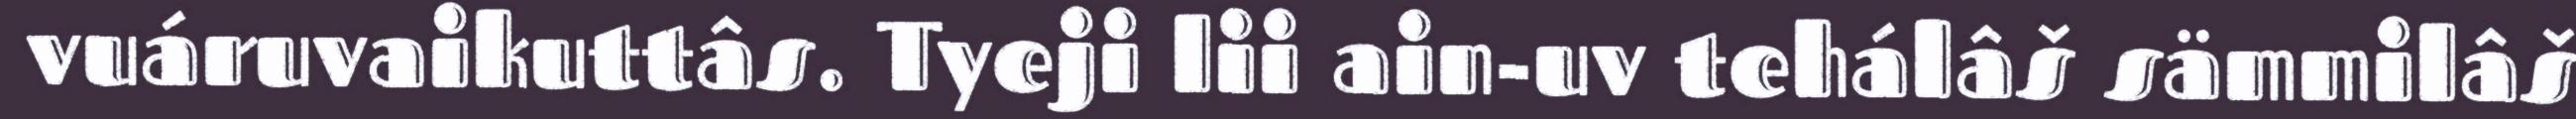
vuáruvaikuttâs. Tyeji lii ain-uv tehálâš sämmilâš